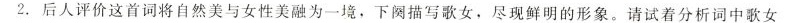
2.后人评价这首词将自然美与女性美融为一境，下列描写歌女，尽现鲜明的形象。请试着分析词中歌女